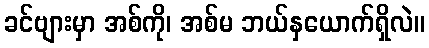
ခင်ဗျားမှာ အစ်ကို၊ အစ်မ ဘယ်နှယောက်ရှိလဲ။